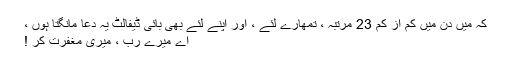
کہ میں دن میں کم از کم 23 مرتبہ ، تمھارے لئے ، اور اپنے لئے بھی بائی ڈیفالٹ یہ دعا مانگتا ہوں ،
اے میرے ربّ ، میری مغفرت کر !